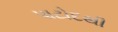
પાટોદથી